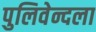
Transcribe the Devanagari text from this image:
पुलिवेन्दला